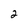
Character: 2